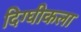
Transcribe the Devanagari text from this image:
दिग्घीकला